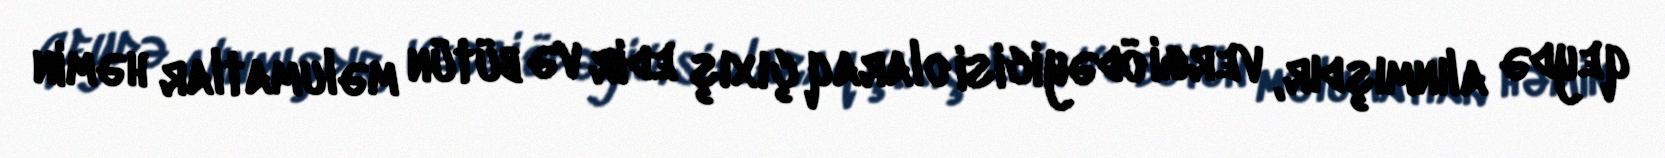
qeydə alınmışdır, vergi ödəyicisi olaraq çıxış edir və bütün məlumatlar həmin